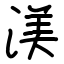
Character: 渼